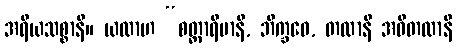
အရိယသစ္စာနိ။ ယထာဟ “စတ္တာရိမာနိ, ဘိက္ခဝေ, တထာနိ အဝိတထာနိ